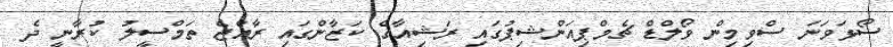
ސޯޅަވަނަ ސްވިމިން ވޯލްޑް ޗެމްޕިއަންޝިޕުގައި ރަޝިއާގެ ކަޒާންގައި ރާއްޖެ ތަމްސީލު ކުރާނީ ދެ